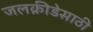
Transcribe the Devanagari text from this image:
जलक्रीडेसाठी